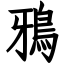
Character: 鴉